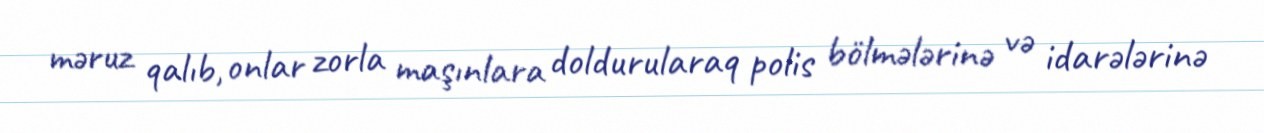
məruz qalıb, onlar zorla maşınlara doldurularaq polis bölmələrinə və idarələrinə